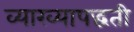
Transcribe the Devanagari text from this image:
व्याख्यापद्धती